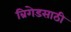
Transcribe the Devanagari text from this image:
ब्रिगेडसाठी